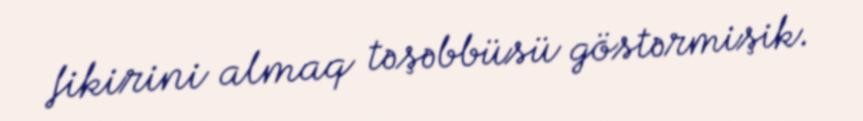
fikirini almaq təşəbbüsü göstərmişik.